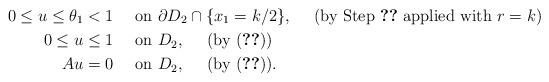
LaTeX: \begin{align*}0\leq u\leq \theta_1<1 &\quad\hbox{ on } \partial D_2\cap\{x_1=k/2\},\quad\hbox{ (by Step \ref{step:C_1_base} applied with $r=k$)}\\0\leq u\leq 1 &\quad\hbox{ on } D_2,\quad\hbox{ (by \eqref{eq:A_u_bounds})}\\Au = 0 &\quad\hbox{ on } D_2,\quad\hbox{ (by \eqref{eq:A_u})}.\end{align*}